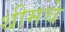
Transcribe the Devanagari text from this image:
थीमचे